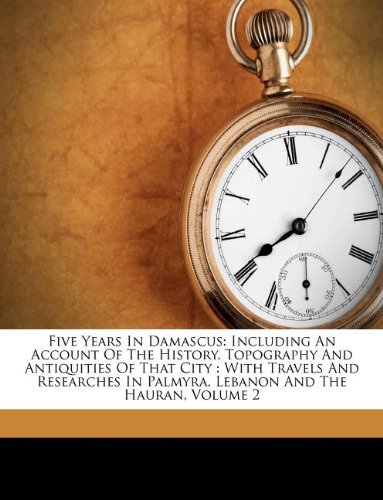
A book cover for Five Years In Damascus: Including An Account Of The History, Topography And Antiquities Of That City : With Travels And Researches In Palmyra, Lebanon And The Hauran, Volume 2; Josias L. Porter; Travel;